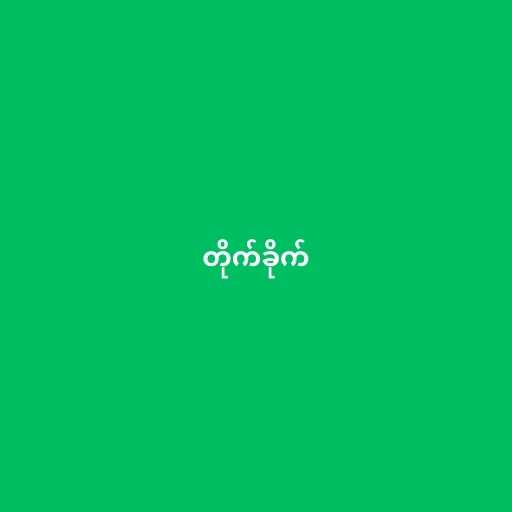
တိုက်ခိုက်